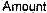
AMOUNT